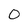
Character: 0